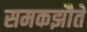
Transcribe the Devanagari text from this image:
समकझौते